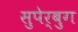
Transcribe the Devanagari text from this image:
सुपेर्बुग